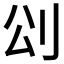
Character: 𠛀